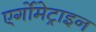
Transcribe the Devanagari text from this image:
एर्गोमेट्राइन